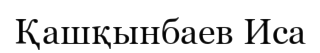
Қашқынбаев Иса